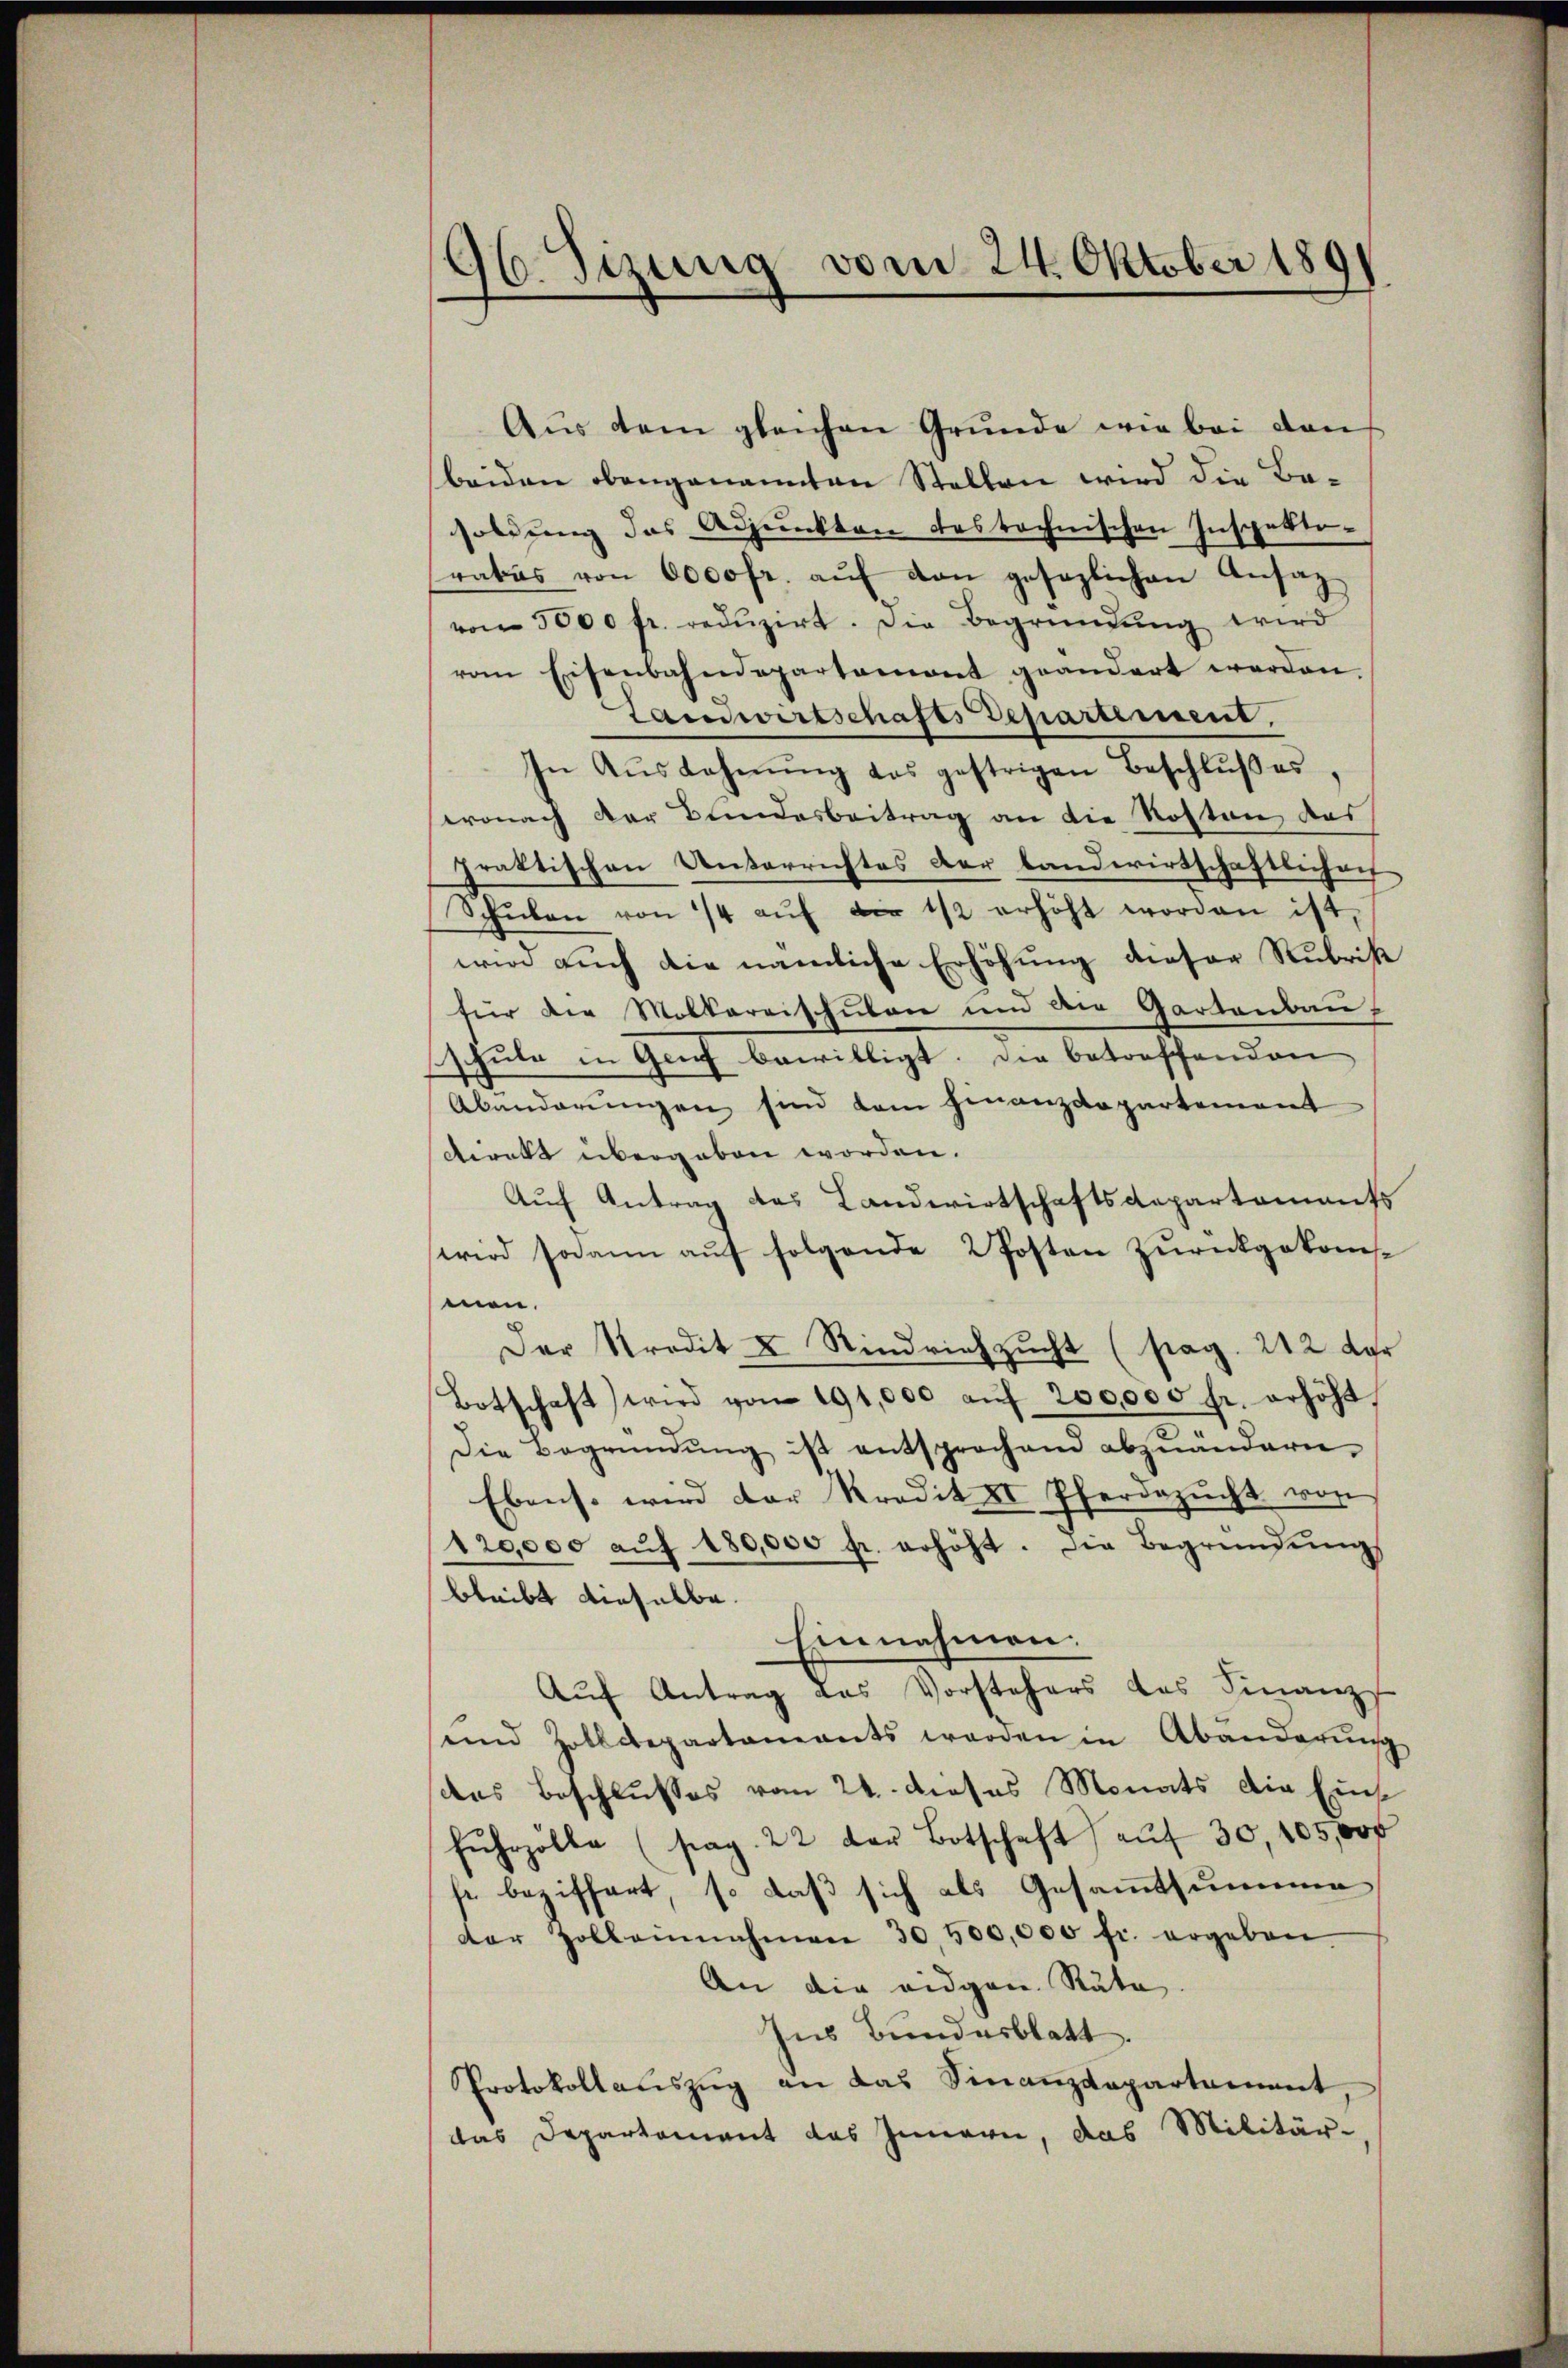
96 Jizung vom 24. Oktober 1891

Aus dem gleichen Grunde wie bei den
beiden obengenannten Stellen wird die Basoldung des Adjunkten testechnischen Inspektoratus von 6000 fr. aŭf von gesezlichen Ansaz
von 5000 fr. redŭzirt. Die Begründŭng wird
vom Eisenbahndepartemont geändert werden.
Landwirtschafts Departement.
In Aŭslahnŭng des gestrigen Beschlŭβ es,
wonach der Bundesbeitrag an die Roston des
praktischen Unterrichtes der Landwirtschaftlichen
Schŭlen von 14 aŭf die 1/2 erhöht worden ist,
wird auch die nämliche Erhöhung dieser Rubrik
für die Molkareischulen und der Gartenbau
schule in Genf bewilligt. Die betreffenden
Abänderungen sind kam Finanzdepartement
sdirekt übergeben worden.
Auch Antrag des Landwirtschaftsdepartaments
wird sodann aŭf folgende 2 Posten zurückgekom-
men.
Der Stradit X Rindviehzucht (pag. 212 der
Botschaft) wird von 191,000 aŭf 200,000 fr. erhöht,
Die Begründŭng ist entsprochend abzuändern.
Ebenso wird der Kredit II Pferdezucht von
120,000 aŭf 180,000 fr. erhöht. Die Begründŭngs
bleibt dieselbe.
Einnahmen.
Auf Antrag aus Vorstehers des Finanz
und Zolldepartaments werden in Abänderŭng
das Beschlusses vom 24. dieses Monats die Eins
Fŭhrzölle (stag. 22 der Botschaft aŭf 30, 105,000
se beziffert, so daß sich als Gesammtsummen
der Holbeinnahmen 30,500,000 fr. ergeben.
An die eidgen. Räte
Ins Bundesblatt.
Protokollauszug an das Finanzdepartament
das Departement das Innern, das Militär-